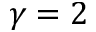
\gamma = 2